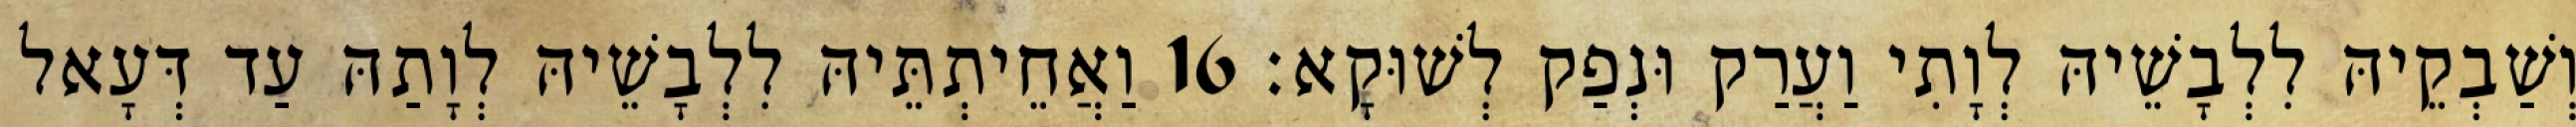
וְשַׁבְקֵיהּ לִלְבָשֵׁיהּ לְוָתִי וַעֲרַק וּנְפַק לְשׁוּקָא׃ 16 וַאֲחֵיתְתֵּיהּ לִלְבָשֵׁיהּ לְוָתַהּ עַד דְּעָאל